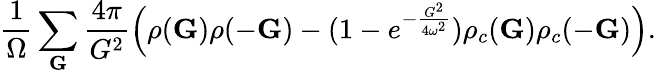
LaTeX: \frac{1}{\Omega}\sum_{\mathbf{G}}\frac{4\pi}{G^{2}}\Big(\rho(\mathbf{G})\rho(-\mathbf{G})-(1-e^{-\frac{G^{2}}{4\omega^{2}}})\rho_{c}(\mathbf{G})\rho_{c}(-\mathbf{G})\Big).